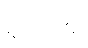
ရက်အ